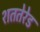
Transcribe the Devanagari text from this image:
शततेरेड